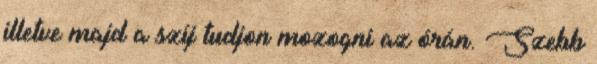
illetve majd a szíj tudjon mozogni az órán. Szebb